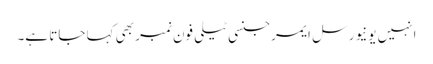
انہیں یونیورسل ایمرجنسی ٹیلی فون نمبر بھی کہا جاتا ہے۔